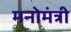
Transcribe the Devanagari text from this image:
मनोमंत्री